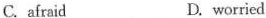
C.afraid D. worried